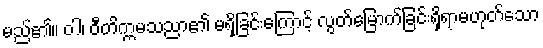
မည်၏။ ဝါ၊ ဝီတိက္ကမသညာ၏ မရှိခြင်းကြောင့် လွတ်မြောက်ခြင်းရှိရာမဟုတ်သော